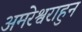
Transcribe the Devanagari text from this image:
अमरेश्वराहुन